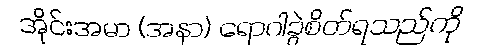
အိုင်းအမာ (အနာ) ရောဂါခွဲစိတ်ရသည်ကို